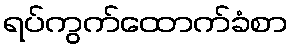
ရပ်ကွက်ထောက်ခံစာ